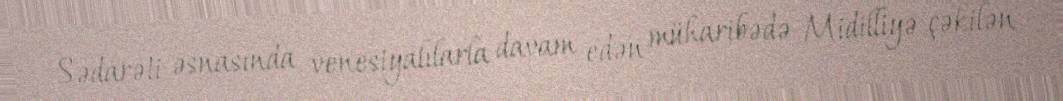
Sədarəti əsnasında venesiyalılarla davam edən müharibədə Midilliyə çəkilən